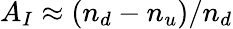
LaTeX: A_{I}\approx(n_{d}-n_{u})/n_{d}